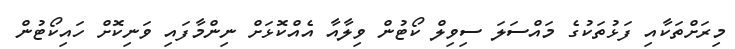
މިރަށްތަކާއި ފަޅުތަކުގެ މައްސަލަ ސިވިލް ކޯޓުން ވިލާއާ އެއްކޮޅަށް ނިންމާފައި ވަނިކޮށް ހައިކޯޓުން